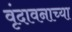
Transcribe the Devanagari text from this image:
वृंदावनाच्या